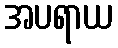
အပရာယ